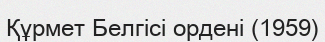
Құрмет Белгісі ордені (1959)